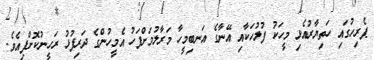
ޕެރިހުގައި ހަތިޔާރުއެޅި މީހަކު ފުލުހަކާއި އޭނާގެ އަނބިމީހާ މަރާލުމަށްފަހު އެމީހުންގެ ދަރިފުޅު ރަހީނުކޮށްފިއެވެ.